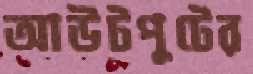
আউটপুটের